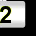
Digit: 2